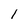
Character: I